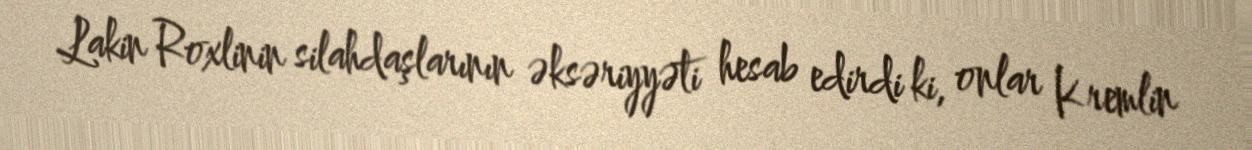
Lakin Roxlinin silahdaşlarının əksəriyyəti hesab edirdi ki, onlar Kremlin